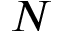
N